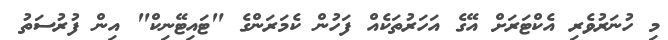
މި ހުނަރުވެރި އެކްޓަރަށް އޭގެ އަހަރުތަކެއް ފަހުން ކެމަރަންގެ "ޓައިޓޭނިކް" އިން ފުރުސަތު